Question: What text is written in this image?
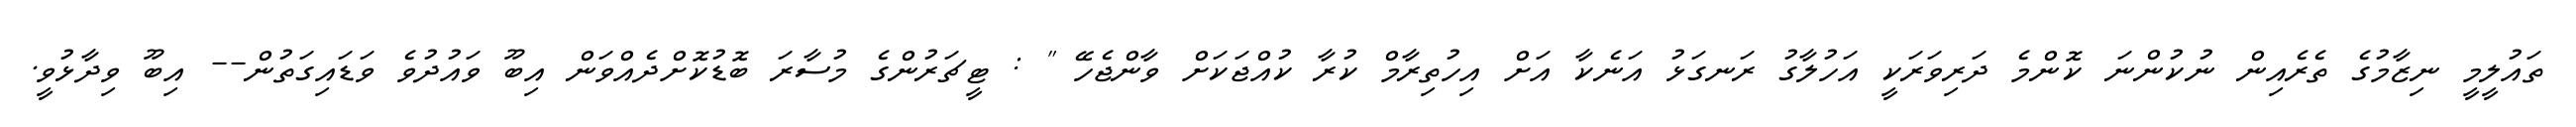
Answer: ތައުލީމީ ނިޒާމުގެ ތެރެއިން ނުކުންނަ ކޮންމެ ދަރިވަރަކީ އަހުލާގު ރަނގަޅު އަނެކާ އަށް އިހުތިރާމް ކުރާ ކުއްޖަކަށް ވާންޖެހޭ " : ޓީޗަރުންގެ މުސާރަ ބޮޑުކޮށްދެއްވަން އިބޫ ވައުދުވެ ވަޑައިގަތުން-- އިބޫ ވިދާޅުވީ.